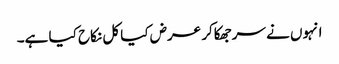
انہوں نے سرجھکاکر عرض کیا کل نکاح کیا ہے۔